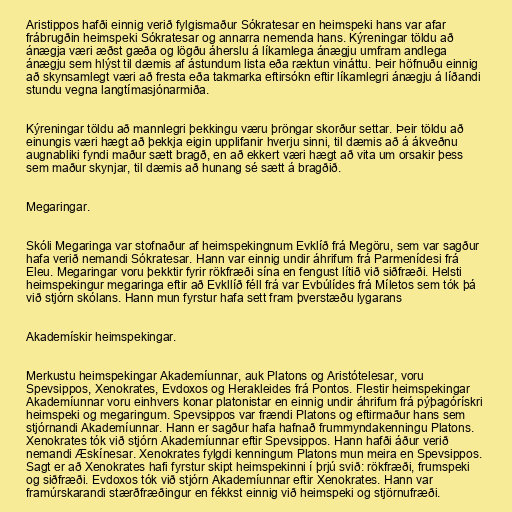
Aristippos hafði einnig verið fylgismaður Sókratesar en heimspeki hans var afar
frábrugðin heimspeki Sókratesar og annarra nemenda hans. Kýreningar töldu að
ánægja væri æðst gæða og lögðu áherslu á líkamlega ánægju umfram andlega
ánægju sem hlýst til dæmis af ástundum lista eða ræktun vináttu. Þeir höfnuðu einnig
að skynsamlegt væri að fresta eða takmarka eftirsókn eftir líkamlegri ánægju á líðandi
stundu vegna langtímasjónarmiða.

Kýreningar töldu að mannlegri þekkingu væru þröngar skorður settar. Þeir töldu að
einungis væri hægt að þekkja eigin upplifanir hverju sinni, til dæmis að á ákveðnu
augnabliki fyndi maður sætt bragð, en að ekkert væri hægt að vita um orsakir þess
sem maður skynjar, til dæmis að hunang sé sætt á bragðið.

Megaringar.

Skóli Megaringa var stofnaður af heimspekingnum Evklíð frá Megöru, sem var sagður
hafa verið nemandi Sókratesar. Hann var einnig undir áhrifum frá Parmenídesi frá
Eleu. Megaringar voru þekktir fyrir rökfræði sína en fengust lítið við siðfræði. Helsti
heimspekingur megaringa eftir að Evkllíð féll frá var Evbúlídes frá Míletos sem tók þá
við stjórn skólans. Hann mun fyrstur hafa sett fram þverstæðu lygarans

Akademískir heimspekingar.

Merkustu heimspekingar Akademíunnar, auk Platons og Aristótelesar, voru
Spevsippos, Xenokrates, Evdoxos og Herakleides frá Pontos. Flestir heimspekingar
Akademíunnar voru einhvers konar platonistar en einnig undir áhrifum frá pýþagórískri
heimspeki og megaringum. Spevsippos var frændi Platons og eftirmaður hans sem
stjórnandi Akademíunnar. Hann er sagður hafa hafnað frummyndakenningu Platons.
Xenokrates tók við stjórn Akademíunnar eftir Spevsippos. Hann hafði áður verið
nemandi Æskínesar. Xenokrates fylgdi kenningum Platons mun meira en Spevsippos.
Sagt er að Xenokrates hafi fyrstur skipt heimspekinni í þrjú svið: rökfræði, frumspeki
og siðfræði. Evdoxos tók við stjórn Akademíunnar eftir Xenokrates. Hann var
framúrskarandi stærðfræðingur en fékkst einnig við heimspeki og stjörnufræði.